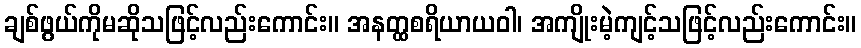
ချစ်ဖွယ်ကိုမဆိုသဖြင့်လည်းကောင်း။ အနတ္ထစရိယာယဝါ၊ အကျိုးမဲ့ကျင့်သဖြင့်လည်းကောင်း။